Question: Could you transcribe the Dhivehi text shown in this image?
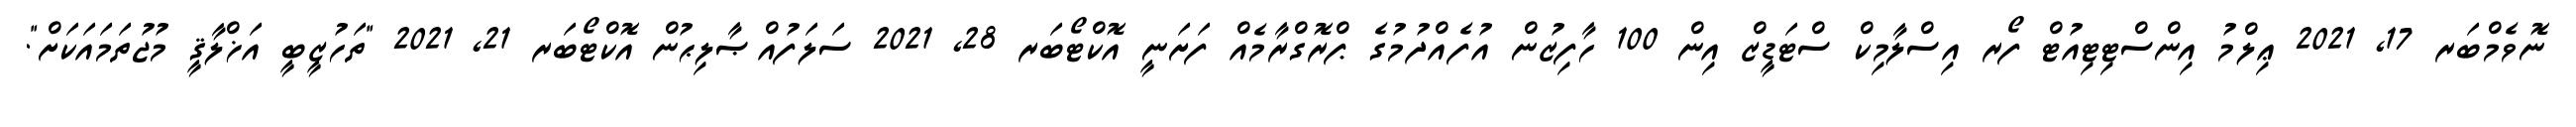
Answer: ނޮވެމްބަރ 17, 2021 ޢިލްމު އިންސްޓިޓިއުޓް ފޯރ އިސްލާމިކް ސްޓަޑީޒް އިން 100 ހާފިޒުން އުފެއްދުމުގެ ޕްރޮގްރާމެއް ފަށަނީ އޮކްޓޯބަރ 28, 2021 ސަލަފުއްޞާލިޙުން އޮކްޓޯބަރ 21, 2021 "ތަހުޒީބީ އަޚްލާޤީ މުޖުތަމައަކަށް".